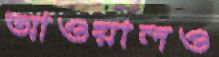
আওয়ালও